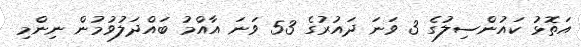
އަތޮޅު ކައުންސިލުގެ 3 ވަނަ ދައުރުގެ 53 ވަނަ އާއްމު ބައްދަލުވުމުން ނިންމި